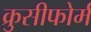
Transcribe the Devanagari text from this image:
क्रुसीफोर्म